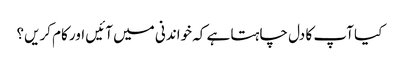
کیا آپ کا دل چاہتا ہے کہ خواندنی میں آئیں اور کام کریں؟